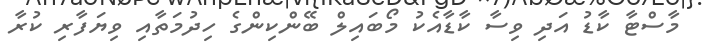
މާސްޓާ ކާޑު އަދި ވިސާ ކާޑާއެކު މޯބައިލް ބޭންކިންގެ ހިދުމަތާއި ވިޔަފާރި ކުރާ